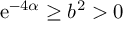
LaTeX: \mathrm { e } ^ { - 4 \alpha } \geq b ^ { 2 } > 0